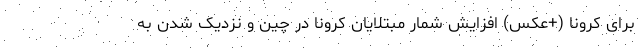
برای کرونا (+عکس) افزایش شمار مبتلایان کرونا در چین و نزدیک شدن به